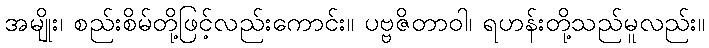
အမျိုး၊ စည်းစိမ်တို့ဖြင့်လည်းကောင်း။ ပဗ္ဗဇိတာဝါ၊ ရဟန်းတို့သည်မူလည်း။